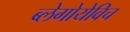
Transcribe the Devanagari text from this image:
ब्लेगोयेविच